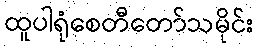
ထူပါရုံစေတီတော်သမိုင်း